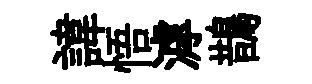
諱悟滹鵲